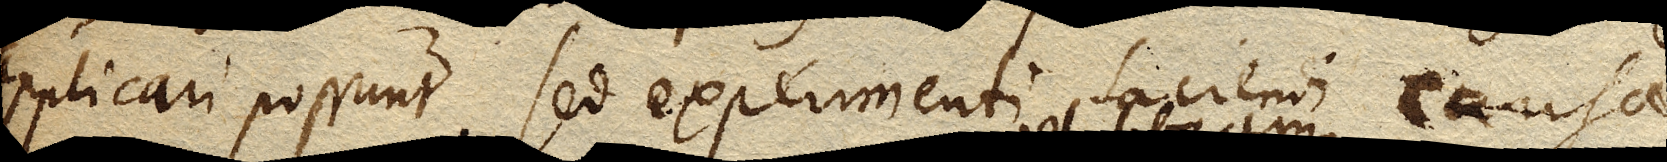
applicari possunt, sed experimenti faciendi causa